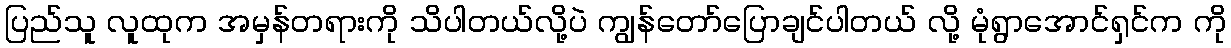
ပြည်သူ လူထုက အမှန်တရားကို သိပါတယ်လို့ပဲ ကျွန်တော်ပြောချင်ပါတယ် လို့ မုံရွာအောင်ရှင်က ကို